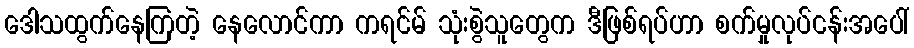
ဒေါသထွက်နေကြတဲ့ နေလောင်ကာ ကရင်မ် သုံးစွဲသူတွေက ဒီဖြစ်ရပ်ဟာ စက်မှုလုပ်ငန်းအပေါ်